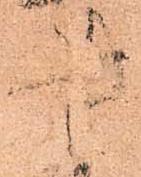
書